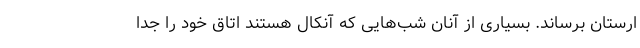
ارستان برساند. بسیاری از آنان شب‌هایی که آنکال هستند اتاق خود را جدا